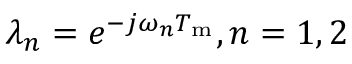
\lambda _ { n } = e { } ^ { - j \omega _ { n } T _ { \mathrm { m } } } , n = 1 , 2